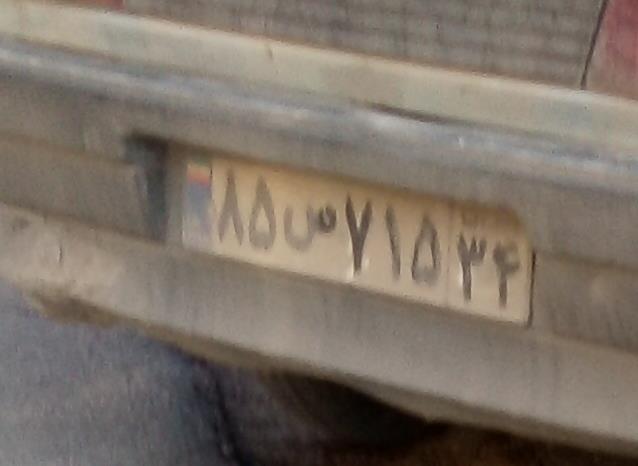
۸۵س۷۱۵۳۴